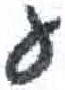
אות: ע